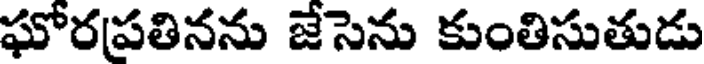
ఘోరపతినను జేసెను కుంతిసుతుడు